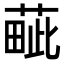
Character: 𦸿